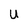
Character: u